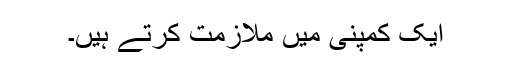
ایک کمپنی میں ملازمت کرتے ہیں۔